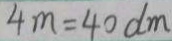
4 m = 4 0 d m